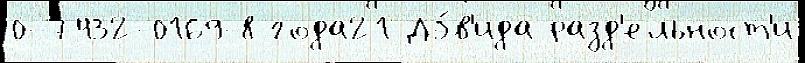
0-7432-0169-8 года21 Дэ́в'ида разд'ельност'и